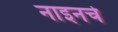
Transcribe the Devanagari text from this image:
नाइनचे